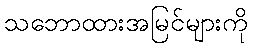
သဘောထားအမြင်များကို